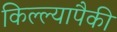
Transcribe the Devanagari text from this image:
किल्ल्यापैकी